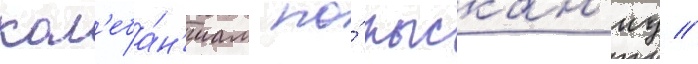
кол'еба́н'иам по́ рыскан'иу //